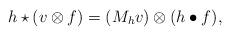
LaTeX: \begin{align*}h\star (v\otimes f)=(M_{h}v)\otimes (h\bullet f),\end{align*}